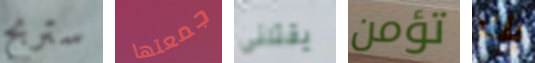
ستربح جمعتها يقتلنى تؤمن بك